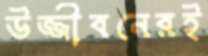
উজ্জীবনেরই